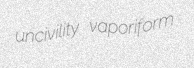
uncivility vaporiform